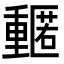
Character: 𮡡